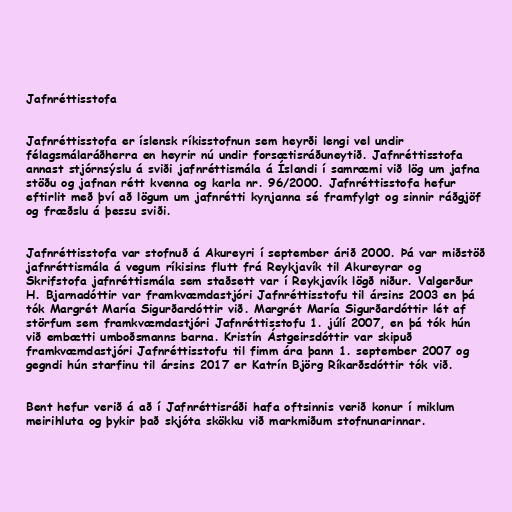
Jafnréttisstofa

Jafnréttisstofa er íslensk ríkisstofnun sem heyrði lengi vel undir
félagsmálaráðherra en heyrir nú undir forsætisráðuneytið. Jafnréttisstofa
annast stjórnsýslu á sviði jafnréttismála á Íslandi í samræmi við lög um jafna
stöðu og jafnan rétt kvenna og karla nr. 96/2000. Jafnréttisstofa hefur
eftirlit með því að lögum um jafnrétti kynjanna sé framfylgt og sinnir ráðgjöf
og fræðslu á þessu sviði.

Jafnréttisstofa var stofnuð á Akureyri í september árið 2000. Þá var miðstöð
jafnréttismála á vegum ríkisins flutt frá Reykjavík til Akureyrar og
Skrifstofa jafnréttismála sem staðsett var í Reykjavík lögð niður. Valgerður
H. Bjarnadóttir var framkvæmdastjóri Jafnréttisstofu til ársins 2003 en þá
tók Margrét María Sigurðardóttir við. Margrét María Sigurðardóttir lét af
störfum sem framkvæmdastjóri Jafnréttisstofu 1. júlí 2007, en þá tók hún
við embætti umboðsmanns barna. Kristín Ástgeirsdóttir var skipuð
framkvæmdastjóri Jafnréttisstofu til fimm ára þann 1. september 2007 og
gegndi hún starfinu til ársins 2017 er Katrín Björg Ríkarðsdóttir tók við.

Bent hefur verið á að í Jafnréttisráði hafa oftsinnis verið konur í miklum
meirihluta og þykir það skjóta skökku við markmiðum stofnunarinnar.